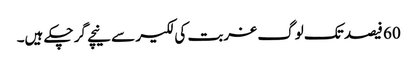
60 فیصد تک لوگ غربت کی لکیر سے نیچے گر چکے ہیں۔